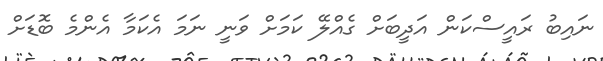
ނައިބު ރައީސްކަން އަދީބަށް ގެއްލޭ ކަމަށް ވަނީ ނަމަ އެކަމާ އެންމެ ބޮޑަށް